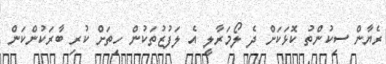
ރެޔާން ސިކުންތު ކޮޅަކަށް ދެ ލޯމަރާލީ އެ ލަފުޒުތަކުން ހިތަށް ކުރި ބާރަކުންކަން